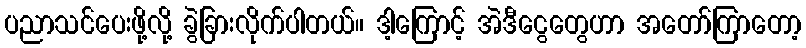
ပညာသင်ပေးဖို့လို့ ခွဲခြားလိုက်ပါတယ်။ ဒါ့ကြောင့် အဲဒီငွေတွေဟာ အတော်ကြာတော့